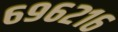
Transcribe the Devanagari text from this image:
६९६२१६